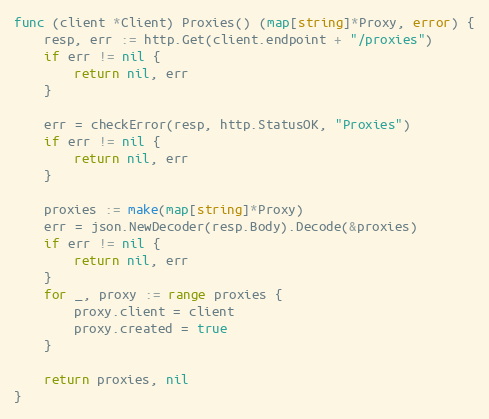
Language: Go
func (client *Client) Proxies() (map[string]*Proxy, error) {
	resp, err := http.Get(client.endpoint + "/proxies")
	if err != nil {
		return nil, err
	}

	err = checkError(resp, http.StatusOK, "Proxies")
	if err != nil {
		return nil, err
	}

	proxies := make(map[string]*Proxy)
	err = json.NewDecoder(resp.Body).Decode(&proxies)
	if err != nil {
		return nil, err
	}
	for _, proxy := range proxies {
		proxy.client = client
		proxy.created = true
	}

	return proxies, nil
}